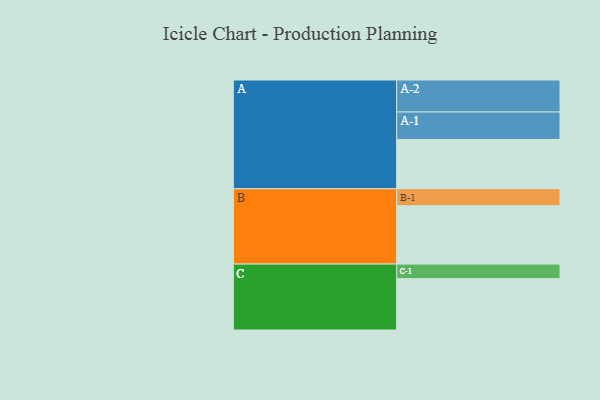
{"axis": {"x": "Segment", "y": "Value"}, "legend": ["", "A", "B", "C"], "data": [{"x": "A", "y": 308, "type": ""}, {"x": "B", "y": 365, "type": ""}, {"x": "C", "y": 321, "type": ""}, {"x": "A-1", "y": 172, "type": "A"}, {"x": "A-2", "y": 200, "type": "A"}, {"x": "B-1", "y": 106, "type": "B"}, {"x": "C-1", "y": 91, "type": "C"}]}